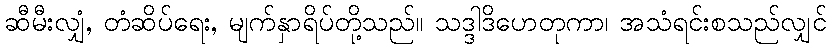
ဆီမီးလျှံ, တံဆိပ်ရေး, မျက်နှာရိပ်တို့သည်။ သဒ္ဒါဒိဟေတုကာ၊ အသံရင်းစသည်လျှင်